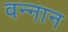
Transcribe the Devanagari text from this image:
वन्नान